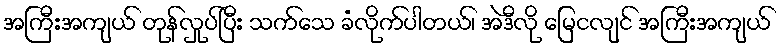
အကြီးအကျယ် တုန်လှုပ်ပြီး သက်သေ ခံလိုက်ပါတယ်၊ အဲဒီလို မြေငလျင် အကြီးအကျယ်